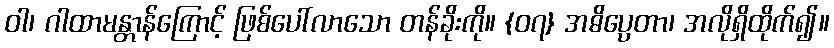
ဝါ၊ ဂါထာမန္တာန်ကြောင့် ဖြစ်ပေါ်လာသော တန်ခိုးကို။ {၀၇} အဓိပ္ပေတာ၊ အလိုရှိထိုက်၍။